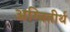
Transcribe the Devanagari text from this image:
अग्‍नितीर्थ